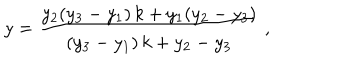
y = \frac { y _ { 2 } ( y _ { 3 } - y _ { 1 } ) \, k + y _ { 1 } ( y _ { 2 } - y _ { 3 } ) } { ( y _ { 3 } - y _ { 1 } ) \, k + y _ { 2 } - y _ { 3 } } \ ,